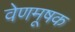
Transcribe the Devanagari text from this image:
वेणमूषक